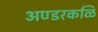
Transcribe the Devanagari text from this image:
अण्डरकळि